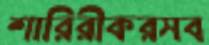
শারিরীকরসব